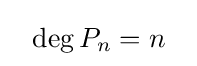
~~\deg P_{n}=n~~